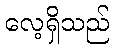
လေ့ရှိသည်